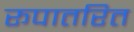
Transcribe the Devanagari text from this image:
रूपातरित